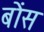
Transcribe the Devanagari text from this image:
बोंस